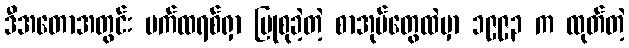
ဒီအတောအတွင်း ပက်ထရစ်ရှာ ပြုစုခဲ့တဲ့ စာအုပ်တွေထဲမှာ ၁၉၉၃ က ထုတ်တဲ့